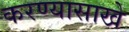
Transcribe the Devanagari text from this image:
करण्यासाखे